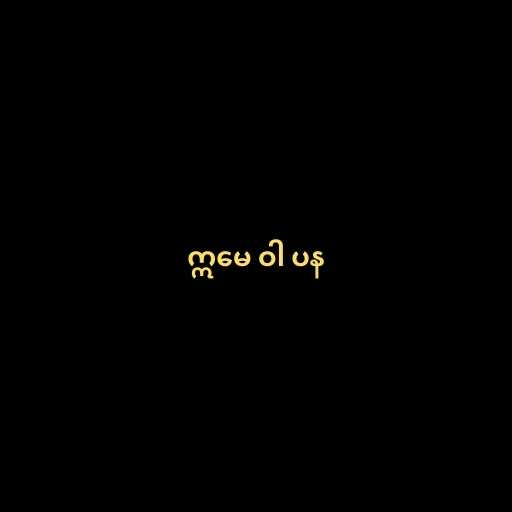
ဣမေ ဝါ ပန